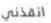
انقذني